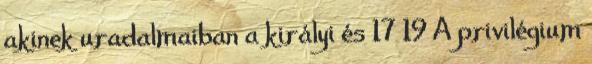
akinek uradalmaiban a királyi és 17 19 A privilégium